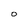
Character: O